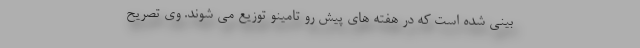
بینی شده است که در هفته های پیش رو تامینو توزیع می شوند. وی تصریح